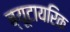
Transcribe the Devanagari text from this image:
ब्यूटायरिक